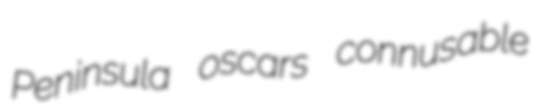
Peninsula oscars connusable